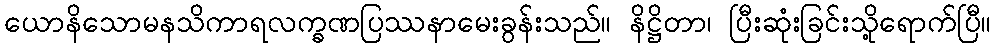
ယောနိသောမနသိကာရလက္ခဏပြဿနာမေးခွန်းသည်။ နိဋ္ဌိတာ၊ ပြီးဆုံးခြင်းသို့ရောက်ပြီ။